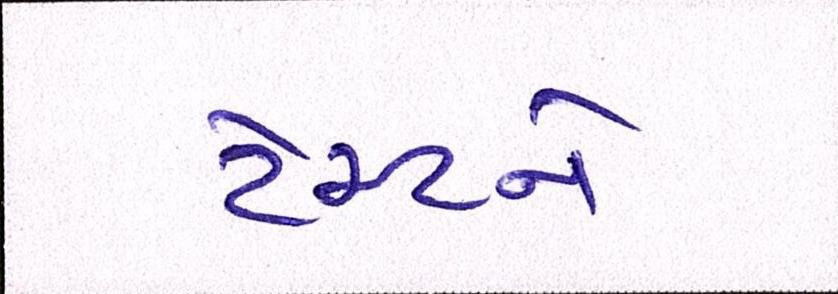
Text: ટેસ્ટને